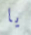
يا